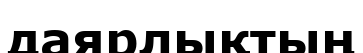
даярлықтың